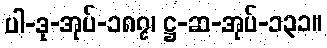
ပါ-ဒု-အုပ်-၁၈၇၊ ဋ္ဌ-ဆ-အုပ်-၁၃၁။